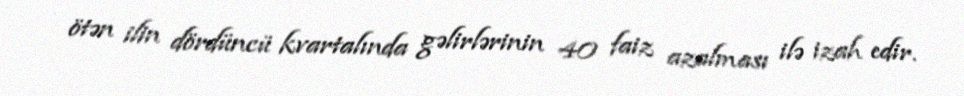
ötən ilin dördüncü kvartalında gəlirlərinin 40 faiz azalması ilə izah edir.